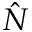
\hat { N }